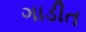
ગાડીત